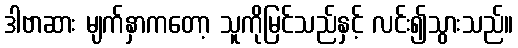
ဒါဗာဆား မျက်နှာကတော့ သူကိုမြင်သည်နှင့် လင်း၍သွားသည်။